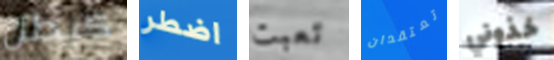
كبطل اضطر تعبت تعتقدان خذوني